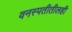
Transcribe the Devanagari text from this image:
वनस्पतीतीलही